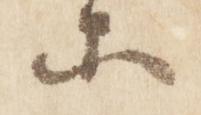
等